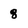
Character: 8